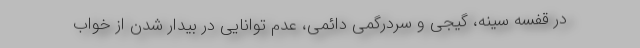
در قفسه سینه، گیجی و سردرگمی دائمی، عدم توانایی در بیدار شدن از خواب